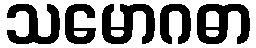
သမောဂဓာ